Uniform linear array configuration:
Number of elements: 12
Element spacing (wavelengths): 0.5
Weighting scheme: blackman
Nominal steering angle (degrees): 30
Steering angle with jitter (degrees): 28.381
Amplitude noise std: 0.05
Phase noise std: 0.05

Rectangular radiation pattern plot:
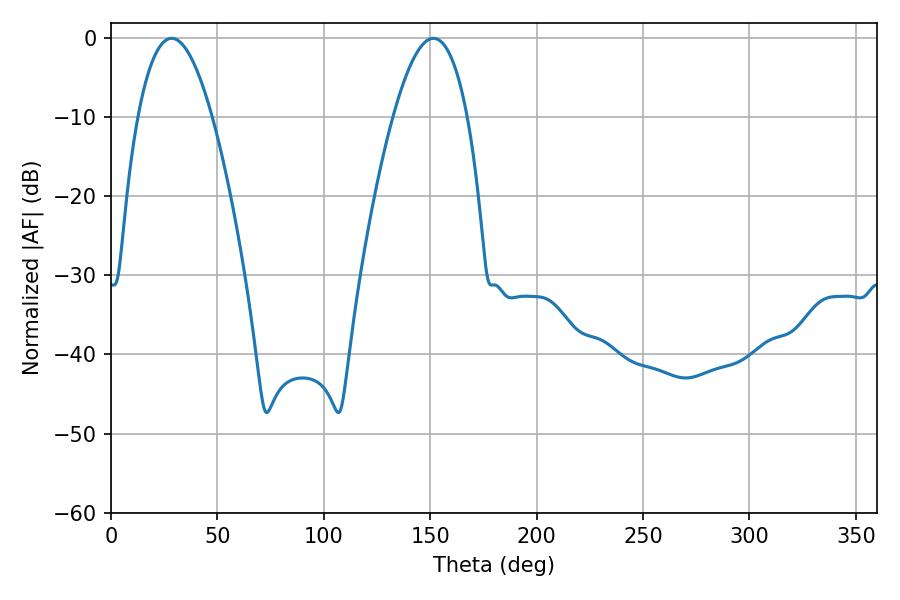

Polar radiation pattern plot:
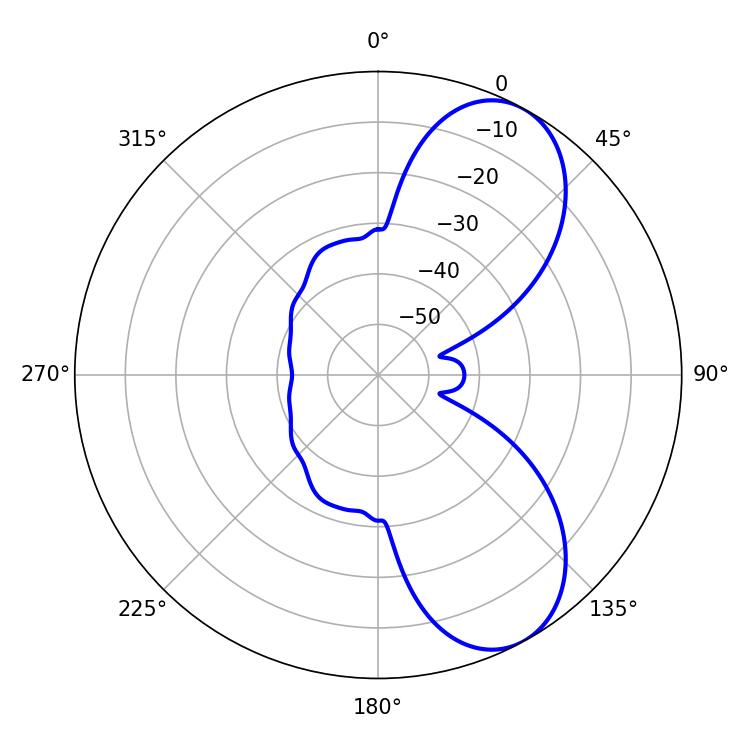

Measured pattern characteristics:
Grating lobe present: FALSE
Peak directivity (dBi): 7.581
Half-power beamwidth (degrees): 19.08
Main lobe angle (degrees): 28.44